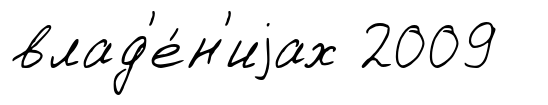
влад'е́н'иjах 2009